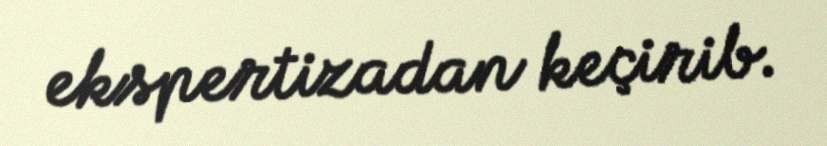
ekspertizadan keçirib.